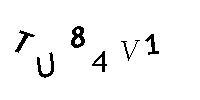
TU84V1